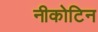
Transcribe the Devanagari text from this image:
नीकोटिन